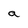
Character: a